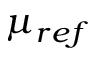
\mu _ { r e f }